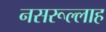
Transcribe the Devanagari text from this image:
नसरूल्लाह